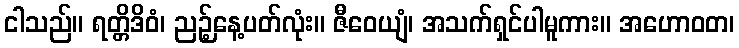
ငါသည်။ ရတ္တိဒိဝံ၊ ညဉ့်နေ့ပတ်လုံး။ ဇီဝေယျံ၊ အသက်ရှင်ပါမူကား။ အဟောဝတ၊